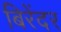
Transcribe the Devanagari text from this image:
बिरेंदर